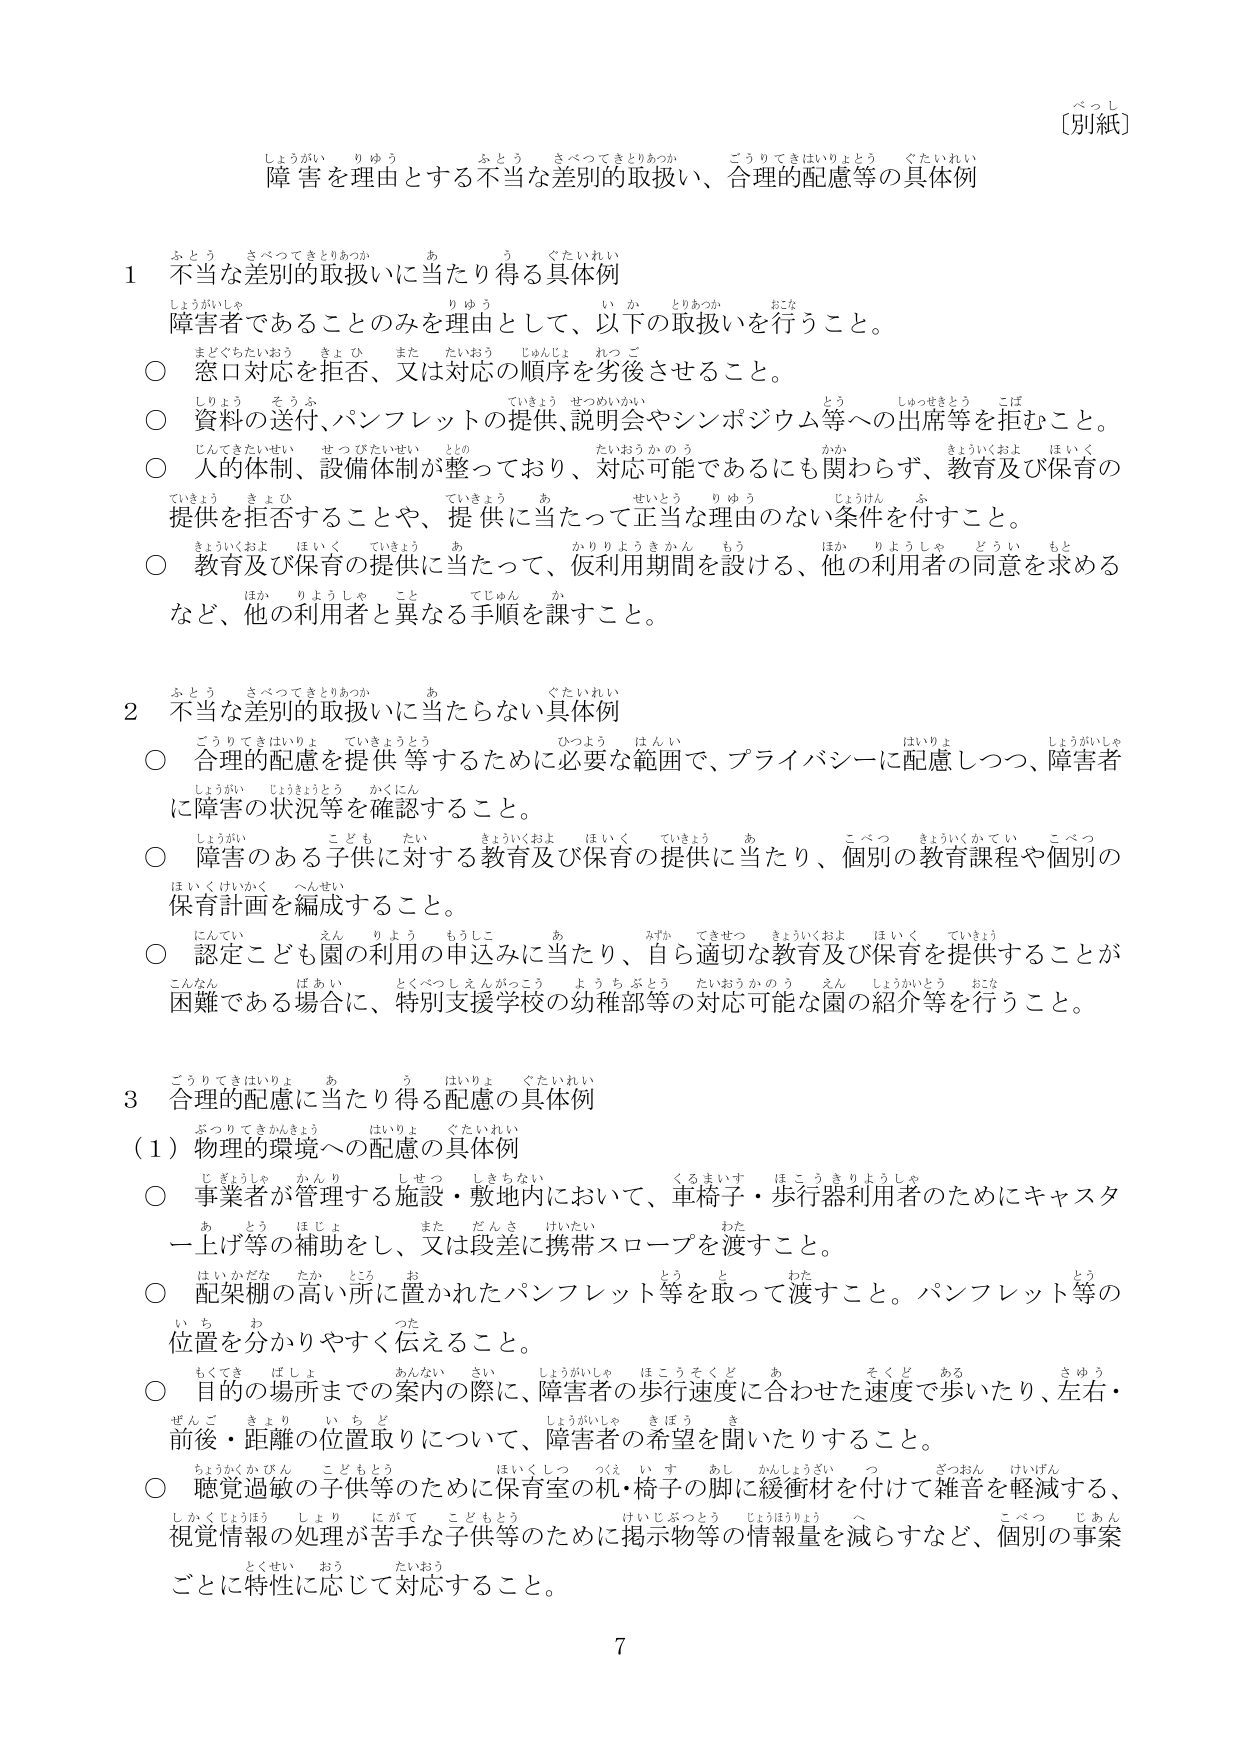
べっし
〔別紙〕

障害を理由とする不当な差別的取扱い、合理的配慮等の具体例

1 不当な差別的取扱いに当たり得る具体例
障害者であることのみを理由として、以下の取扱いを行うこと。
○ 窓口対応を拒否、又は対応の順序を劣後させること。
○ 資料の送付、パンフレットの提供、説明会やシンポジウム等への出席等を拒むこと。
○ 人的体制、設備体制が整っており、対応可能であるにも関わらず、教育及び保育の提供を拒否することや、提供に当たって正当な理由のない条件を付すこと。
○ 教育及び保育の提供に当たって、仮利用期間を設ける、他の利用者の同意を求めるなど、他の利用者と異なる手順を課すこと。

2 不当な差別的取扱いに当たらない具体例
○ 合理的配慮を提供するために必要な範囲で、プライバシーに配慮しつつ、障害者に障害の状況等を確認すること。
○ 障害のある子供に対する教育及び保育の提供に当たり、個別の教育課程や個別の保育計画を編成すること。
○ 認定こども園の利用の申込みに当たり、自ら適切な教育及び保育を提供することが困難である場合に、特別支援学校の幼稚部等の対応可能な園の紹介等を行うこと。

3 合理的配慮に当たり得る配慮の具体例
（1）物理的環境への配慮の具体例
○ 事業者が管理する施設・敷地内において、車椅子・歩行器利用者のためにキャスターア上げ等の補助をし、又は段差に携帯スロープを渡すこと。
○ 配架棚の高い所に置かれたパンフレット等を取って渡すこと。パンフレット等の位置を分かりやすく伝えること。
○ 目的の場所までの案内の際に、障害者の歩行速度に合わせた速度で歩いたり、左右・前後・距離の位置取りについて、障害者の希望を聞いたりすること。
○ 聴覚過敏の子供等のために保育室の机・椅子の脚に緩衝材を付けて雑音を軽減する、視覚情報の処理が苦手な子供等のために掲示物等の情報量を減らすなど、個別の事案ごとに特性に応じて対応すること。

7